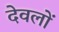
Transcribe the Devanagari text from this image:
देवलों